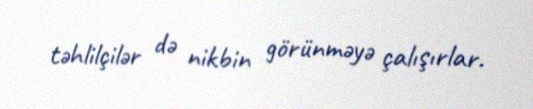
təhlilçilər də nikbin görünməyə çalışırlar.